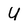
Character: U